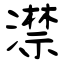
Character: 澿